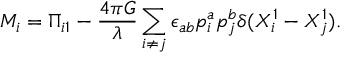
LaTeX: M _ { i } = \Pi _ { i 1 } - \frac { 4 \pi G } { \lambda } \sum _ { i \ne j } \epsilon _ { a b } p _ { i } ^ { a } p _ { j } ^ { b } \delta ( X _ { i } ^ { 1 } - X _ { j } ^ { 1 } ) .